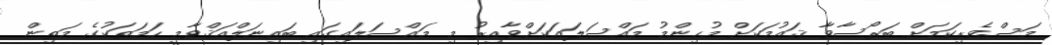
މަސްވެރިކަމަށް ބަރޯސާވާ ޤައުމަކަށް މުހިންމު މައްސަލައަކަށްވާއިރު މި މައްސަލައިގައި ބައިނަލްއަޤްވާމީ ހަމަތަކުގެ މަތިން